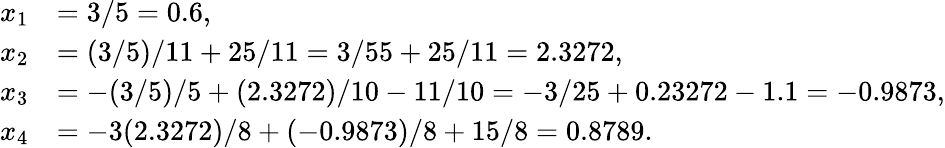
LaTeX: {\begin{array}{rl}{x_{1}}&{=3/5=0.6,}\\ {x_{2}}&{=(3/5)/11+25/11=3/55+25/11=2.3272,}\\ {x_{3}}&{=-(3/5)/5+(2.3272)/10-11/10=-3/25+0.23272-1.1=-0.9873,}\\ {x_{4}}&{=-3(2.3272)/8+(-0.9873)/8+15/8=0.8789.}\end{array}}